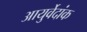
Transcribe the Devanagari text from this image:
आयुर्वेदांक